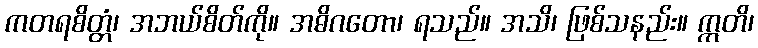
ကတရစိတ္တံ၊ အဘယ်စိတ်ကို။ အဓိဂတော၊ ရသည်။ အသိ၊ ဖြစ်သနည်း။ ဣတိ၊